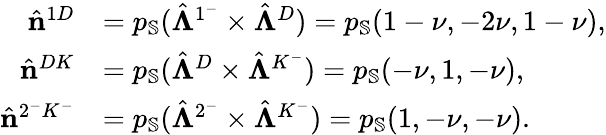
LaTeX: \begin{array}{rl}{\hat{\mathbf{n}}^{1D}}&{=p_{\mathbb{S}}(\hat{\boldsymbol{\Lambda}}^{1^{-}}\times\hat{\boldsymbol{\Lambda}}^{D})=p_{\mathbb{S}}(1-\nu,-2\nu,1-\nu),}\\ {\hat{\mathbf{n}}^{DK}}&{=p_{\mathbb{S}}(\hat{\boldsymbol{\Lambda}}^{D}\times\hat{\boldsymbol{\Lambda}}^{K^{-}})=p_{\mathbb{S}}(-\nu,1,-\nu),}\\ {\hat{\mathbf{n}}^{2^{-}K^{-}}}&{=p_{\mathbb{S}}(\hat{\boldsymbol{\Lambda}}^{2^{-}}\times\hat{\boldsymbol{\Lambda}}^{K^{-}})=p_{\mathbb{S}}(1,-\nu,-\nu).}\end{array}